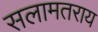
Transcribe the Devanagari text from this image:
सलामतराय